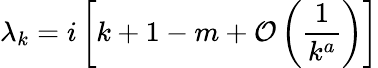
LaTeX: \lambda_{k}=i\left[k+1-m+{\cal O}\left(\frac{1}{k^{a}}\right)\right]